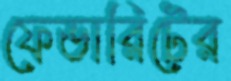
ফেভারিটের